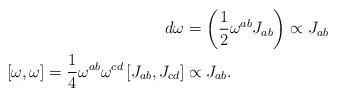
LaTeX: \begin{align*}d\omega & =\left( \frac{1}{2}\omega^{ab}J_{ab}\right) \propto J_{ab}\\\left[ \omega,\omega\right] =\frac{1}{4}\omega^{ab}\omega^{cd}\left[J_{ab},J_{cd}\right] & \propto J_{ab}.\end{align*}